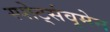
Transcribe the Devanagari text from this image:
स्पोर्ट्सवूमेन